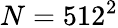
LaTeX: N=512^{2}